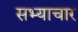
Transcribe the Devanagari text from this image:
सभ्याचार